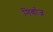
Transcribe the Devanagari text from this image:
निर्वाज